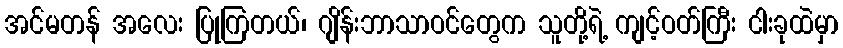
အင်မတန် အလေး ပြုကြတယ်၊ ဂျိန်းဘာသာဝင်တွေက သူတို့ရဲ့ ကျင့်ဝတ်ကြီး ငါးခုထဲမှာ